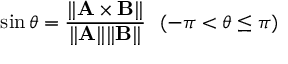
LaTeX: \sin \theta = { \frac { \| \mathbf { A \times B } \| } { \| \mathbf { A } \| \| \mathbf { B } \| } } \ \ ( - \pi < \theta \leq \pi )